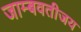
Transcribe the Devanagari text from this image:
जाम्बवतीजय